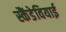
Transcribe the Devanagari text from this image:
स्कैंडेवियाई